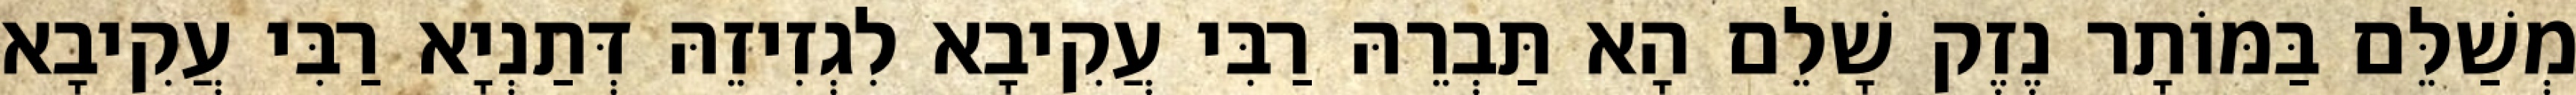
מְשַׁלֵּם בַּמּוֹתָר נֶזֶק שָׁלֵם הָא תַּבְרֵהּ רַבִּי עֲקִיבָא לִגְזִיזֵהּ דְּתַנְיָא רַבִּי עֲקִיבָא